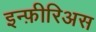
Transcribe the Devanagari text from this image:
इन्फ़ीरिअस